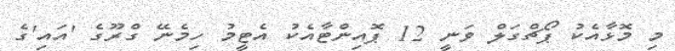
މި މޮޅާއެކު ޕޯޗްގަލް ވަނީ 12 ޕޮއިންޓާއެކު އެޓީމު ހިމެނޭ ގްރޫގެ 'އައި'ގެ